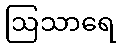
ဩသာရေ